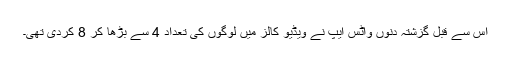
اس سے قبل گزشتہ دنوں واٹس ایپ نے ویڈیو کالز میں لوگوں کی تعداد 4 سے بڑھا کر 8 کردی تھی۔